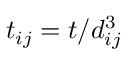
t _ { i j } = t / d _ { i j } ^ { 3 }